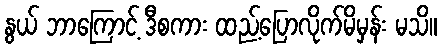
နွယ် ဘာကြောင့် ဒီစကား ထည့်ပြောလိုက်မိမှန်း မသိ။